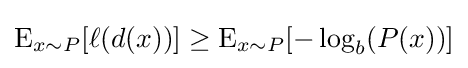
\operatorname {E} _{x\sim P}[\ell (d(x))]\geq \operatorname {E} _{x\sim P}[-\log _{b}(P(x))]